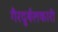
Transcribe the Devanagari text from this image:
गैरदुर्बलकारी